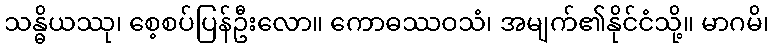
သန္ဓိယဿု၊ စေ့စပ်ပြန်ဦးလော။ ကောဓဿဝသံ၊ အမျက်၏နိုင်ငံသို့။ မာဂမိ၊